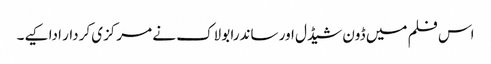
اس فلم میں ڈون شیڈل اور ساندرا بولاک نے مرکزی کردار ادا کیے۔